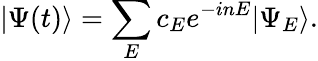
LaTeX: |\Psi(t)\rangle=\sum_{E}c_{E}e^{-inE}|\Psi_{E}\rangle.